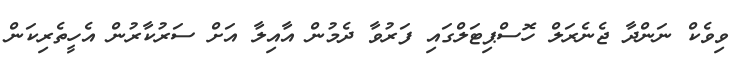
ވިވެކް ނަންދާ ޖެނެރަލް ހޮސްޕިޓަލްގައި ފަރުވާ ދެމުން އާއިލާ އަށް ސަރުކާރުން އެހީތެރިކަން